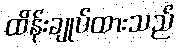
ထိန်းချုပ်ထားသည်